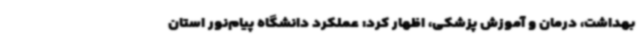
بهداشت، درمان و آموزش پزشکی، اظهار کرد: عملکرد دانشگاه پیام‌نور استان